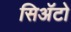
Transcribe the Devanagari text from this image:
सिअॅटो